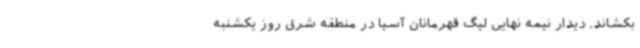
بکشاند. دیدار نیمه نهایی لیگ قهرمانان آسیا در منطقه شرق روز یکشنبه